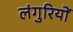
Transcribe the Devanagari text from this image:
लंगुरियों